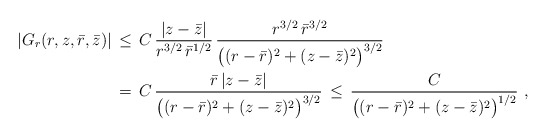
\begin{align*} |G_r(r,z,\bar r,\bar z)| \,&\le\, C\,\frac{|z-\bar z|}{r^{3/2} \,\bar r^{1/2}}\,\frac{r^{3/2}\,\bar r^{3/2}}{\bigl((r-\bar r)^2 + (z-\bar z)^2\bigr)^{3/2}} \\ \,&=\, C\,\frac{\bar r\,|z-\bar z|}{\bigl((r-\bar r)^2 + (z-\bar z)^2\bigr)^{3/2}} \,\le\, \frac{C}{\bigl((r-\bar r)^2 + (z-\bar z)^2\bigr)^{1/2}}~,\end{align*}